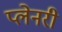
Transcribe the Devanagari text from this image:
प्लेनरी